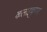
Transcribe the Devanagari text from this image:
कलाइकुण्डा